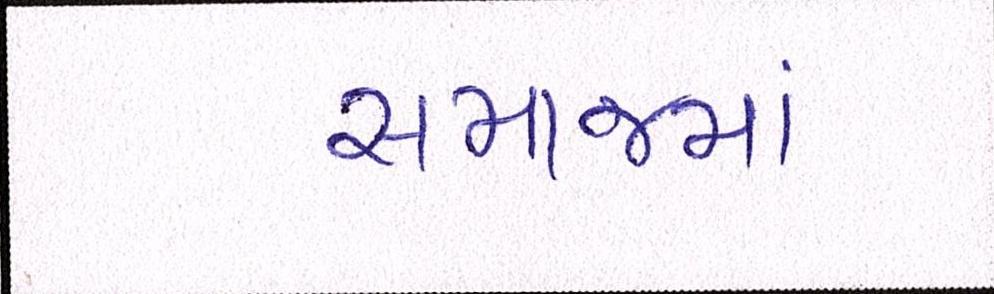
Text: સમાજમાં